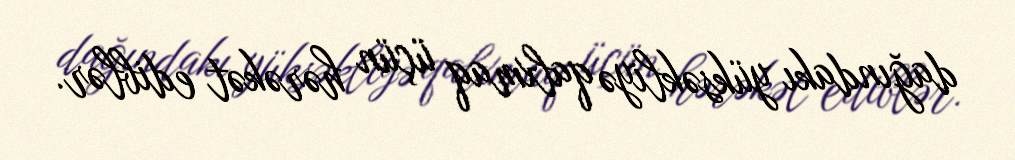
dağındakı yüksəkliyə qalxmaq üçün hərəkət ediblər.